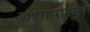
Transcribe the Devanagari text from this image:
दंशापासून